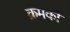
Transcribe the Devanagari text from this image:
क्रमकों